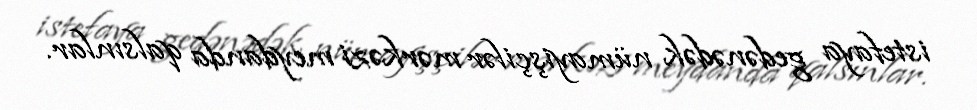
istefaya gedənədək nümayişçilər mərkəzi meydanda qalsınlar.